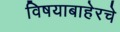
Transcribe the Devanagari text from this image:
विषयाबाहेरचे